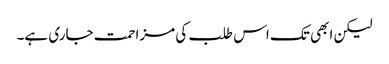
لیکن ابھی تک اس طلب کی مزاحمت جاری ہے۔